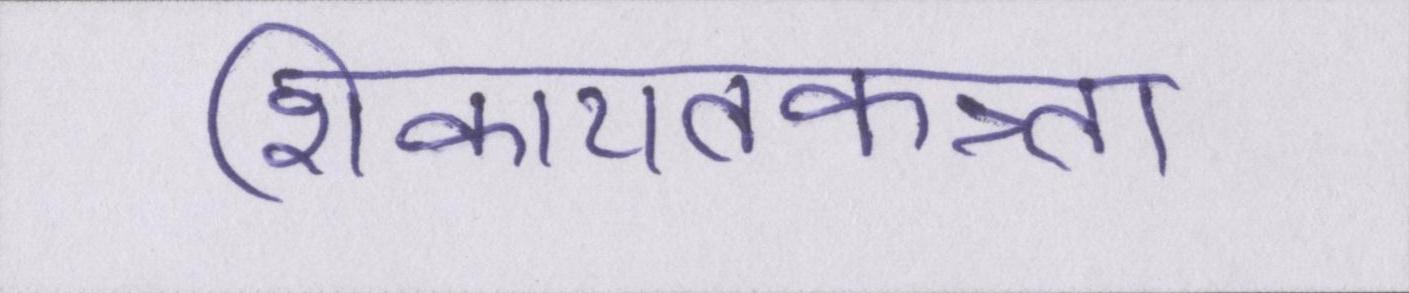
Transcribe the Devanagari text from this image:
शिकायतकत्र्ता